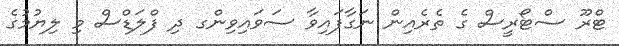
ޓްރޫ ސްޓޯރީސް ގެ ތެރެއިން ނަގާފައިވާ ސަވައިވިންގ ދި ފްލަޑްސް މި ލިޔުމުގެ